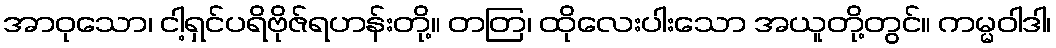
အာဝုသော၊ ငါ့ရှင်ပရိဗိုဇ်ရဟန်းတို့။ တတြ၊ ထိုလေးပါးသော အယူတို့တွင်။ ကမ္မဝါဒါ၊